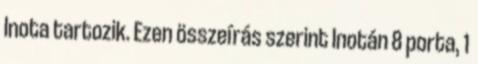
Inota tartozik. Ezen összeírás szerint Inotán 8 porta, 1